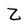
Character: Z